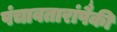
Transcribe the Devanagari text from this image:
पंचावतारांपैकी